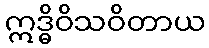
ဣဒ္ဓိဝိသဝိတာယ